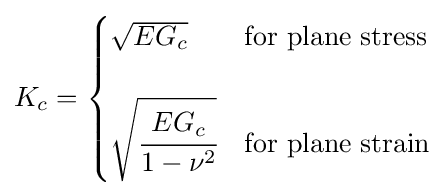
K_{c}={\begin{cases}{\sqrt {EG_{c}}}&{\text{for plane stress}}\\\\{\sqrt {\cfrac {EG_{c}}{1-\nu ^{2}}}}&{\text{for plane strain}}\end{cases}}